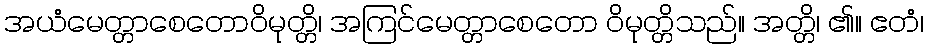
အယံမေတ္တာစေတောဝိမုတ္တိ၊ အကြင်မေတ္တာစေတော ဝိမုတ္တိသည်။ အတ္တိ၊ ၏။ ဧတံ၊